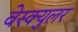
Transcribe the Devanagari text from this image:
वेस्क्युलर